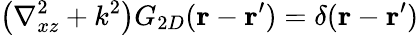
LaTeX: \left(\nabla_{xz}^{2}+k^{2}\right)G_{2D}(\mathbf{r}-\mathbf{r}^{\prime})=\delta(\mathbf{r}-\mathbf{r}^{\prime})